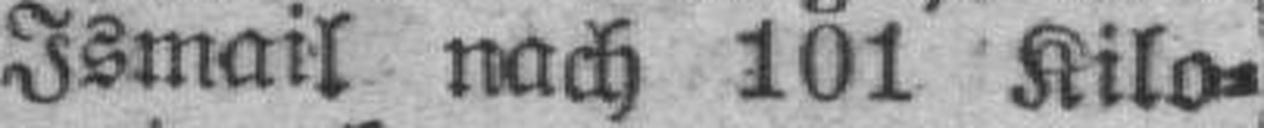
Ismail nach 101 Kilo¬